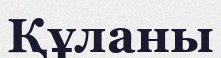
Құланы